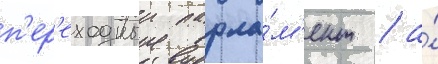
п'ер'еходныи парла́м'ент / а́